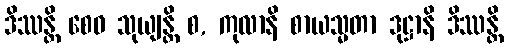
ဒိဿန္တိ စေဝ သုယျန္တိ စ, ကုလာနိ စာယသ္မတာ ဒုဋ္ဌာနိ ဒိဿန္တိ